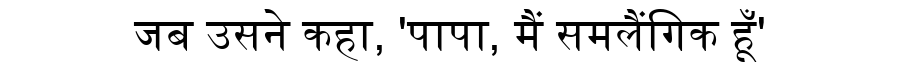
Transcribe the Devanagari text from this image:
जब उसने कहा, 'पापा, मैं समलैंगिक हूँ'